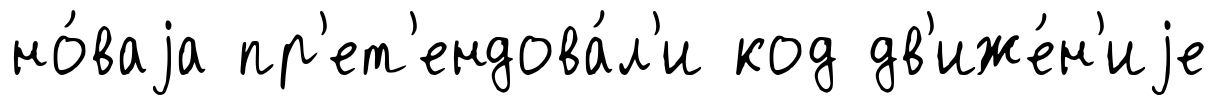
но́ваjа пр'ет'ендова́л'и код дв'иже́н'иjе